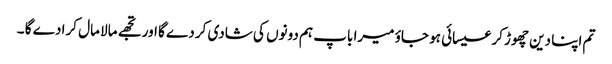
تم اپنا دین چھوڑ کر عیسائی ہو جاؤ میرا باپ ہم دونوں کی شادی کر دے گا اور تجھے مالا مال کرا دے گا ۔